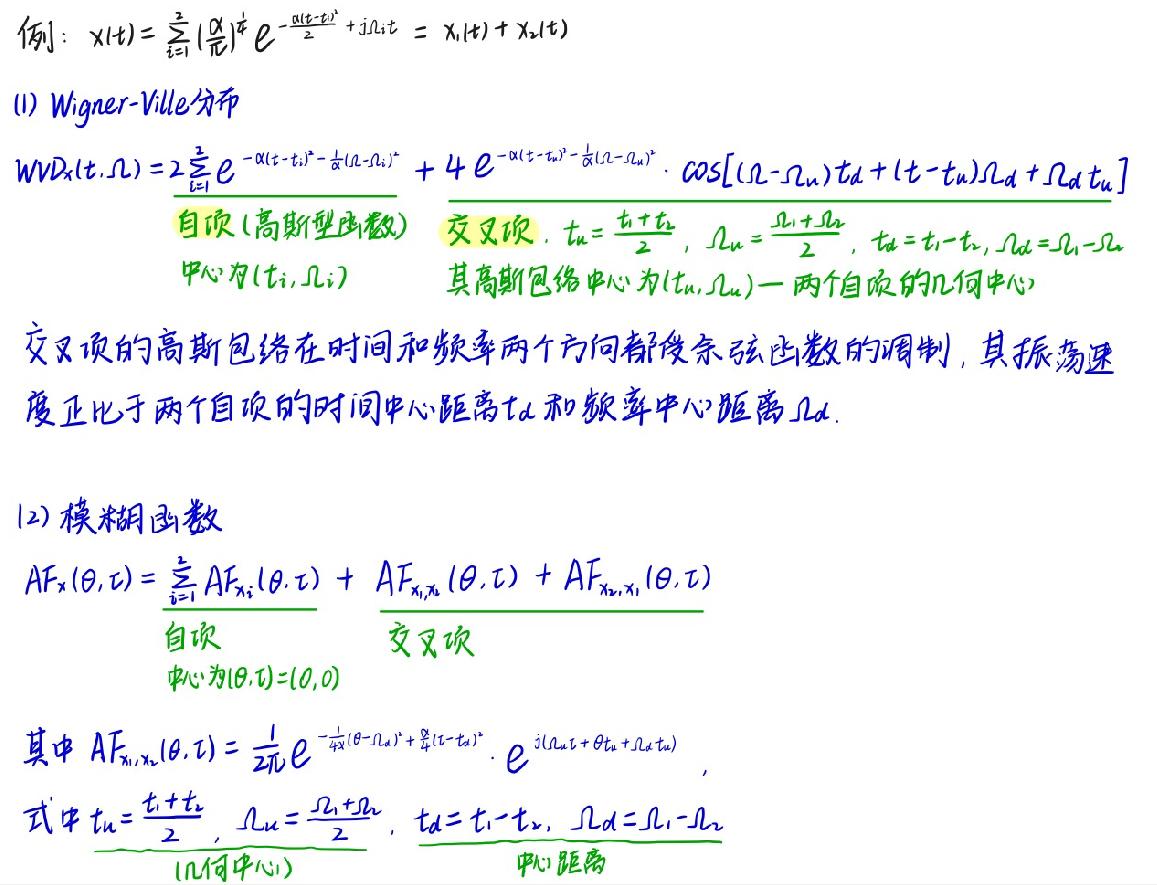
例：$x(t)=\sum_{i = 1}^{2}(\frac{\alpha}{i})^{\frac{1}{2}}e^{-\frac{\alpha(t - t_{i})^{2}}{2}+j\Omega_{i}t}=x_{1}(t)+x_{2}(t)$

(1) Wigner - Ville分布
$WVD_{x}(t,\Omega)=2\sum_{i = 1}^{2}e^{-\alpha(t - t_{i})^{2}-\frac{1}{\alpha}(\Omega - \Omega_{i})^{2}}+4e^{-\alpha(t - t_{u})^{2}-\frac{1}{\alpha}(\Omega - \Omega_{u})^{2}}\cdot\cos[(\Omega - \Omega_{u})t_{d}+(t - t_{u})\Omega_{d}+\Omega_{d}t_{u}]$
自项(高斯型函数) 交叉项. $t_{u}=\frac{t_{1}+t_{2}}{2}$, $\Omega_{u}=\frac{\Omega_{1}+\Omega_{2}}{2}$, $t_{d}=t_{1}-t_{2}$, $\Omega_{d}=\Omega_{1}-\Omega_{2}$
中心为$(t_{i},\Omega_{i})$ 其高斯包络中心为$(t_{u},\Omega_{u})$一两个自项的几何中心
交叉项的高斯包络在时间和频率两个方向都受余弦函数的调制，其振荡速度正比于两个自项的时间中心距离$t_{d}$和频率中心距离$\Omega_{d}$.

(2) 模糊函数
$AF_{x}(\theta,\tau)=\sum_{i = 1}^{2}AF_{x_{i}}(\theta,\tau)+AF_{x_{1},x_{2}}(\theta,\tau)+AF_{x_{2},x_{1}}(\theta,\tau)$
自项 交叉项
中心为$(\theta,\tau)=(0,0)$
其中$AF_{x_{1},x_{2}}(\theta,\tau)=\frac{1}{2\pi}e^{-\frac{1}{4\alpha}(\theta - \Omega_{d})^{2}+\frac{\alpha}{4}(\tau - t_{d})^{2}}\cdot e^{j(\Omega_{u}\tau+\theta t_{u}+\Omega_{d}t_{u})}$
式中$t_{u}=\frac{t_{1}+t_{2}}{2}$, $\Omega_{u}=\frac{\Omega_{1}+\Omega_{2}}{2}$, $t_{d}=t_{1}-t_{2}$, $\Omega_{d}=\Omega_{1}-\Omega_{2}$
(几何中心) 中心距离